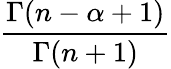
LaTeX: \frac{\Gamma(n-\alpha+1)}{\Gamma(n+1)}